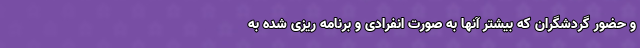
و حضور گردشگران که بیشتر آنها به صورت انفرادی و برنامه ریزی شده به